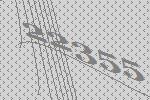
22355